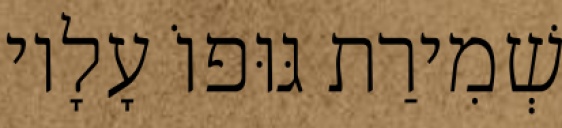
שְׁמִירַת גּוּפוֹ עָלָיו